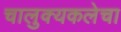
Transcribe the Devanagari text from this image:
चालुक्यकलेचा